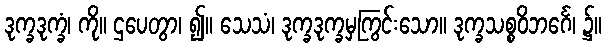
ဒုက္ခဒုက္ခံ၊ ကို။ ဌပေတွာ၊ ၍။ သေသံ၊ ဒုက္ခဒုက္ခမှကြွင်းသော။ ဒုက္ခသစ္စဝိဘင်္ဂေ၊ ၌။